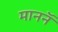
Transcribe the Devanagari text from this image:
माननॅ